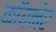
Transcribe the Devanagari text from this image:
कॉयनेर